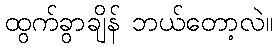
ထွက်ခွာချိန် ဘယ်တော့လဲ။